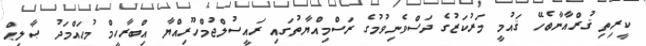
ކީރިތި ޤުރްއާނާބެހޭ ޤައުމީ މަރުކަޒުގެ ދަސްވެނިވުމުގެ ރަސްމިއްޔާތުގައި ރައީސުލްޖުމްހޫރިއްޔާ އިބްރާހީމް މުޙައްމަދު ޞާލިޙް